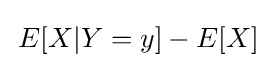
\,E[X|Y=y]-E[X]